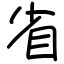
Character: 省